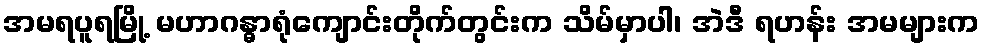
အမရပူရမြို့ မဟာဂန္ဓာရုံကျောင်းတိုက်တွင်းက သိမ်မှာပါ၊ အဲဒီ ရဟန်း အမများက